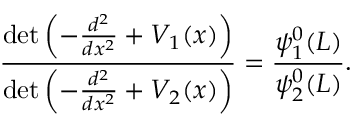
{ \frac { \operatorname* { d e t } \left( - { \frac { d ^ { 2 } } { d x ^ { 2 } } } + V _ { 1 } ( x ) \right) } { \operatorname* { d e t } \left( - { \frac { d ^ { 2 } } { d x ^ { 2 } } } + V _ { 2 } ( x ) \right) } } = { \frac { \psi _ { 1 } ^ { 0 } ( L ) } { \psi _ { 2 } ^ { 0 } ( L ) } } .